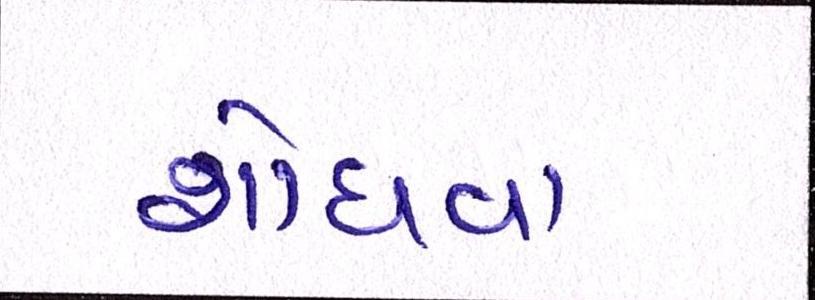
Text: શોધવા